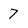
Character: 7